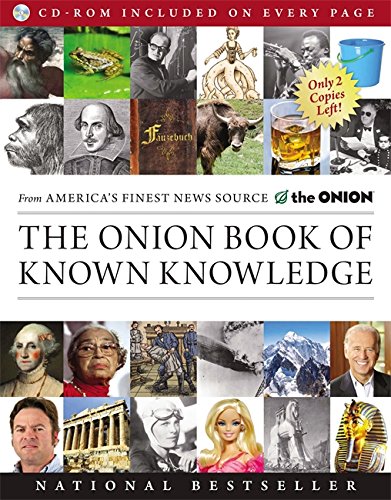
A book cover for The Onion Book of Known Knowledge: A Definitive Encyclopaedia Of Existing Information; The Onion; Humor & Entertainment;